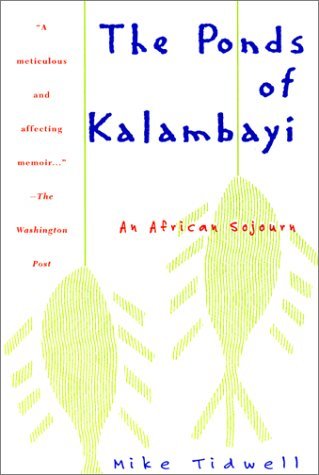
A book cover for The Ponds of Kalambayi: An African Sojourn; Mike Tidwell; Travel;